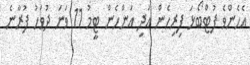
އެހެންވެ ފުޓްބޯޅަ ފިރިހެން އަދި އަންހެން ޓީމު 11 ވަނަ ދުވަހު ފުރާނެ